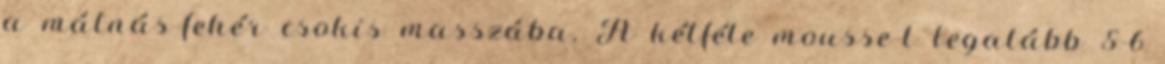
a málnás-fehér csokis masszába. A kétféle mousse-t legalább 5-6